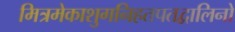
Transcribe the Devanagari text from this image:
मित्रमेकाशुगनिहतपतद्वालिनो